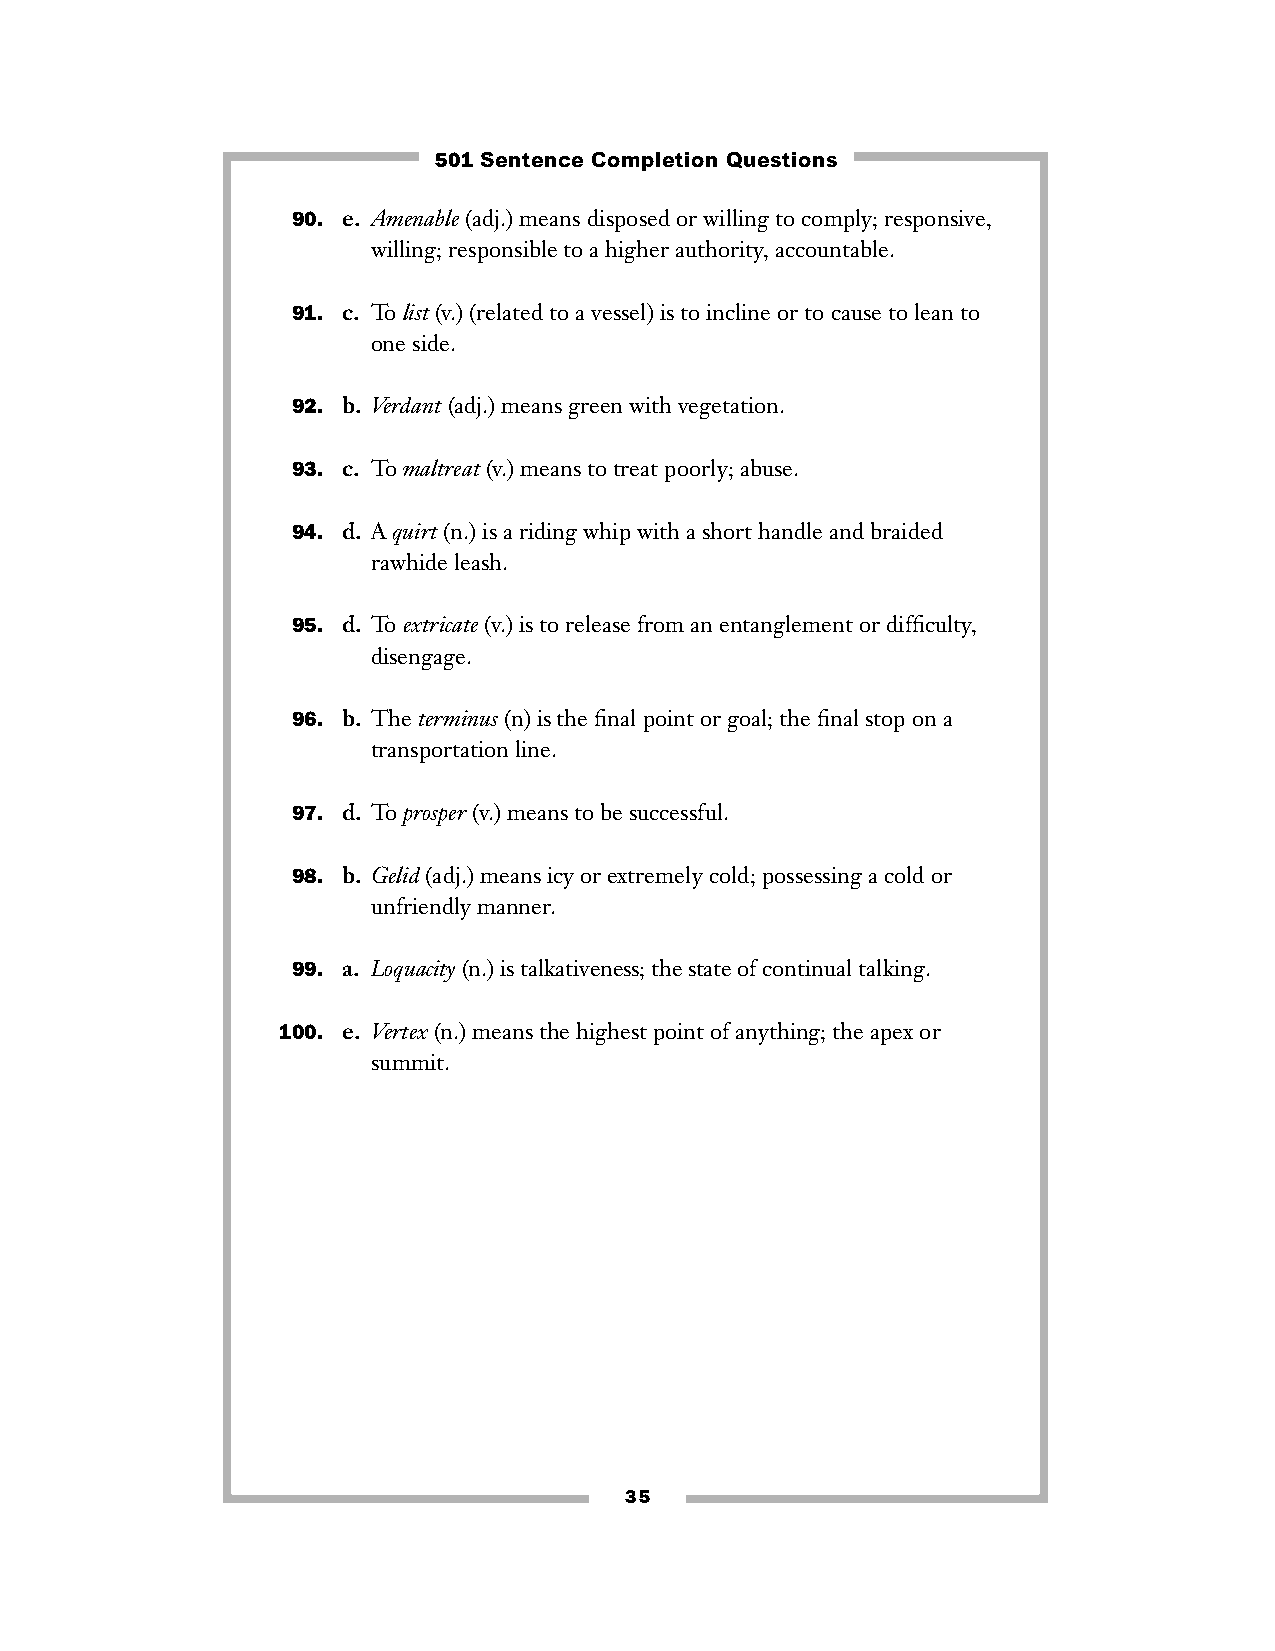
501 Sentence Completion Questions
 90. e. Amenable(adj.) means disposed or willing to comply; responsive,
 willing; responsible to a higher authority, accountable.
 91. c. To list(v.) (related to a vessel) is to incline or to cause to lean to
 one side.
 92. b. Verdant(adj.) means green with vegetation.
 93. c. To maltreat(v.) means to treat poorly; abuse.
 94. d. A quirt(n.) is a riding whip with a short handle and braided
 rawhide leash.
 95. d. To extricate(v.) is to release from an entanglement or difficulty,
 disengage.
 96. b. The terminus(n) is the final point or goal; the final stop on a
 transportation line.
 97. d. To prosper(v.) means to be successful.
 98. b. Gelid(adj.) means icy or extremely cold; possessing a cold or
 unfriendly manner.
 99. a. Loquacity(n.) is talkativeness; the state of continual talking.
 100. e. Vertex(n.) means the highest point of anything; the apex or
 summit.
 35